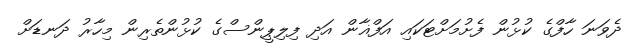
ދެވަނަ ހާފްގެ ކުޅުން ފެށުމަށްޓަކައި އަފްޣާން އަދި ފިލިޕީންސްގެ ކުޅުންތެރިން މިހާރު ދަނޑަށް